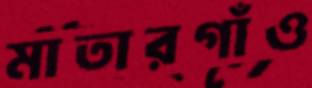
মাতারগাঁও